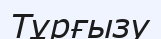
Тұрғызу